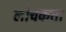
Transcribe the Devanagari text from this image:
लोचकता